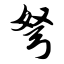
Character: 弩